Civil Veterinary Department. United Provinces 1912-22 - 1912-1922
Year: 1912
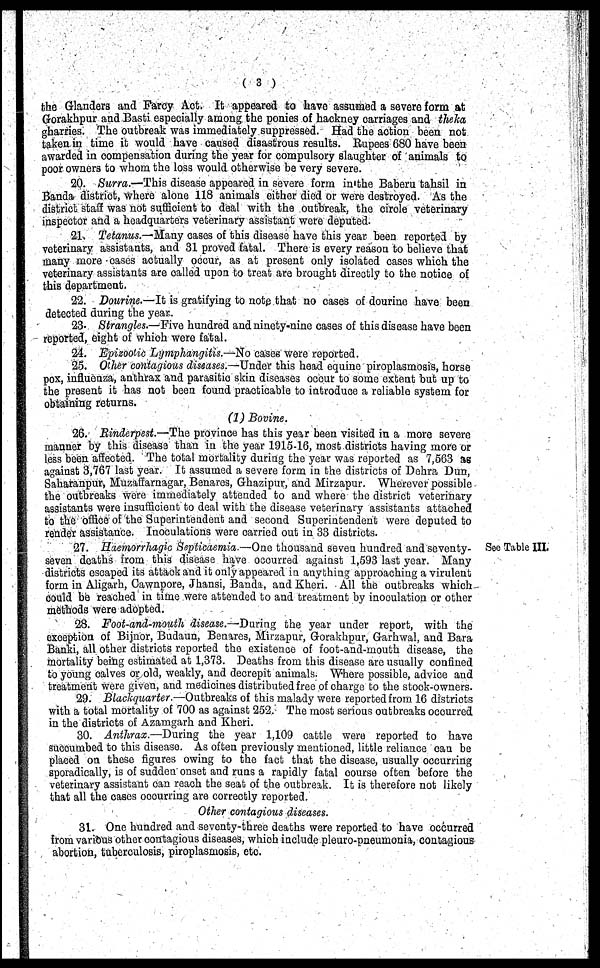
( 3 )
the Glanders and Farcy Act. It appeared to have assumed a severe form at
Gorakhpur and Basti especially among the ponies of hackney carriages and theka
gharries. The outbreak was immediately suppressed. Had the action been not
taken in time it would have caused disastrous results. Rupees 680 have been
awarded in compensation during the year for compulsory slaughter of animals to
poor owners to whom the loss would otherwise be very severe.
20. Surra.—This disease appeared in severe form in the Baberu tahsil in
Banda district, where alone 118 animals either died or were destroyed. As the
district staff was not sufficient to deal with the outbreak the circle veterinary
inspector and a headquarters veterinary assistant were deputed.
21. Tetanus-Many
cases of this disease have this year been reported by
veterinary assistants, and 31 proved fatal. There is every reason to believe that
many more oases actually occur, as at present only isolated cases which the
veterinary assistants are called upon to treat are brought directly to the notice of
this department.
22. Dourine.—It is gratifying to note that no cases of dourine have been
detected during the year.
23. Strangles.—Five hundred and ninety-nine cases of this disease have been
reported, eight of which were fatal.
24. Epizootic Lymphangitis.—No cases were reported.
25. Other contagious diseases.—Under this head equine piroplasmosis, horse
pox, influenza, anthrax and parasitic skin diseases occur to some extent but up to
the present it has not been found practicable to introduce a reliable system for
obtaining returns.
(1) Bovine.
26. Rinderpest.—The province has this year been visited in a more severe
manner by this disease than in the year 1915-16, most districts having more or
less been affected. The total mortality during the year was reported as 7,563 as
against 3,767 last year. It assumed a severe form in the districts of Dehra Dun,
Saharanpur, Muzaffarnagar, Benares, Ghazipur, and Mirzapur. Wherever possible
the outbreaks were immediately attended to and where the district veterinary
assistants were insufficient to deal with the disease veterinary assistants attached
to the office of the Superintendent and second Superintendent were deputed to
render assistance. Inoculations were carried out in 33 districts.
See Table III.
27. Hæmorrhagic Septicaemia.—One thousand seven hundred and seventy-
seven deaths from this disease have occurred against 1,593 last year. Many
districts escaped its attack and it only appeared in anything approaching a virulent
form in Aligarh, Cawnpore, Jhansi, Banda, and Kheri. All the outbreaks which
could be reached in time were attended to and treatment by inoculation or other
methods were adopted.
28. Foot-and-mouth disease.—During the year under report, with the
exception of Bijnor, Budaun, Benares, Mirzapur, Gorakhpur, Garhwal, and Bara
Banki, all other districts reported the existence of foot-and-mouth disease, the
mortality being estimated at 1,373. Deaths from this disease are usually confined
to young calves or old, weakly, and decrepit animals. Where possible, advice and
treatment were given, and medicines distributed free of charge to the stock-owners.
29. Blackquarter.—Outbreaks of this malady were reported from 16 districts
with a total mortality of 700 as against 252. The most serious outbreaks occurred
in the districts of Azamgarh and Kheri.
30. Anthrax.—During
the year 1,109 cattle were reported to have
succumbed to this disease. As often previously mentioned, little reliance can be
placed on these figures owing to the fact that the disease, usually occurring
sporadically, is of sudden onset and runs a rapidly fatal course often before the
veterinary assistant can reach the seat of the outbreak. It is therefore not likely
that all the cases occurring are correctly reported.
Other contagious diseases.
31. One hundred and seventy-three deaths were reported to have occurred
from various other contagious diseases, which include pleuro-pneumonia, contagious
abortion, tuberculosis, piroplasmosis, etc.